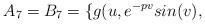
LaTeX: \begin{align*} A_7=B_7=\{g(u,e^{-pv}sin(v), \end{align*}